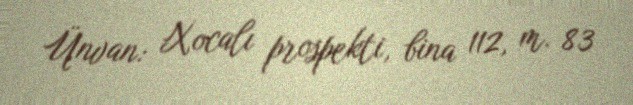
Ünvan: Xocalı prospekti, bina 112, m. 83